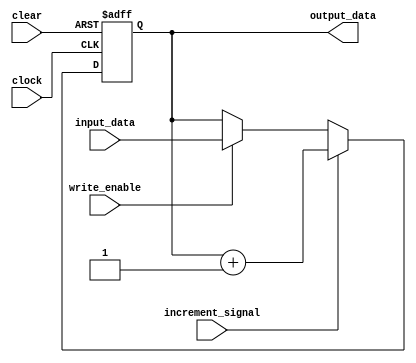
`timescale 1ns / 100ps // time-unit = 1 ns, precision = 100 ps

module register #(parameter n=8)
	(
    input increment_signal, write_enable,
    input clear, clock,
    input [n-1:0] input_data,
    output [n-1:0] output_data
    );
	 
	reg [n-1:0] data;
	
	always@(posedge clock, posedge clear)
		if(clear)
			data <= 0;
		else if(increment_signal)
			data <= data + 1;
		else if(write_enable)
			data <= input_data;
			
	assign output_data = data;

endmodule